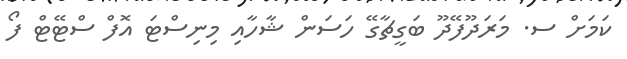
ކަމަށް ސ. މަރަދޫފޭދޫ ބަގީޗާގޭ ހަސަން ޝާހާއި މިނިސްޓަ އޮފް ސްޓޭޓް ފޯ